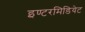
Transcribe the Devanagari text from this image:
इण्टरमिडियेट